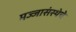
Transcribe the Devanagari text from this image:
मज्जासंस्थेचे